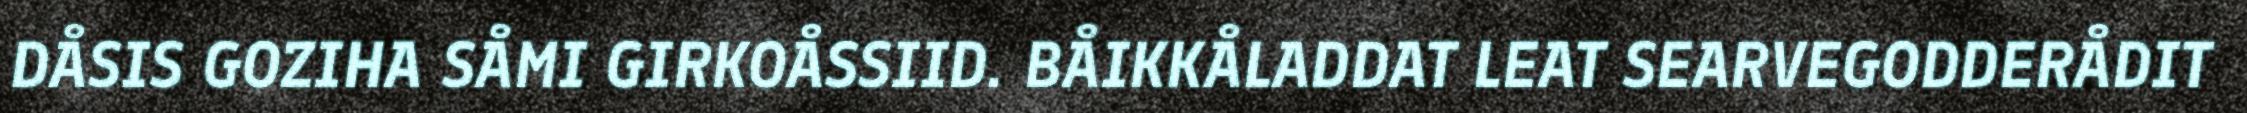
DÅSIS GOZIHA SÅMI GIRKOÅSSIID. BÅIKKÅLADDAT LEAT SEARVEGODDERÅDIT